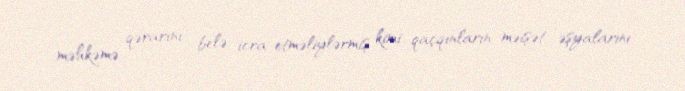
məhkəmə qərarını belə icra etməliylərmiş kimi qaçqınların məişət əşyalarını